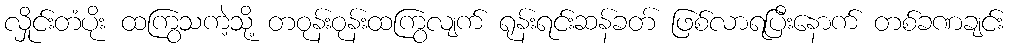
လှိုင်းတံပိုး ထကြွသကဲ့သို့ တဝုန်းဝုန်းထကြွလျက် ရုန်းရင်းဆန်ခတ် ဖြစ်လာရပြီးနောက် တစ်ခဏချင်း